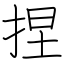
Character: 捏